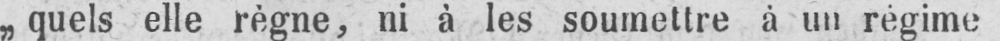
„quels elle règne, ni à les soumettre à un régime